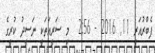
ފެބްރުއަރީ 11